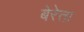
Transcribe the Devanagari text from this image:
बेरेत्ता